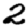
Digit: 2